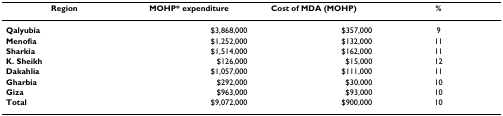
<table><thead><tr><td><b>Region</b></td><td><b>MOHP* expenditure</b></td><td><b>Cost of MDA (MOHP)</b></td><td><b>%</b></td></tr></thead><tbody><tr><td><b>Qalyubia</b></td><td>$3,868,000</td><td>$357,000</td><td>9</td></tr><tr><td><b>Menofia</b></td><td>$1,252,000</td><td>$132,000</td><td>11</td></tr><tr><td><b>Sharkia</b></td><td>$1,514,000</td><td>$162,000</td><td>11</td></tr><tr><td><b>K. Sheikh</b></td><td>$126,000</td><td>$15,000</td><td>12</td></tr><tr><td><b>Dakahlia</b></td><td>$1,057,000</td><td>$111,000</td><td>11</td></tr><tr><td><b>Gharbia</b></td><td>$292,000</td><td>$30,000</td><td>10</td></tr><tr><td><b>Giza</b></td><td>$963,000</td><td>$93,000</td><td>10</td></tr><tr><td><b>Total</b></td><td>$9,072,000</td><td>$900,000</td><td>10</td></tr></tbody></table>